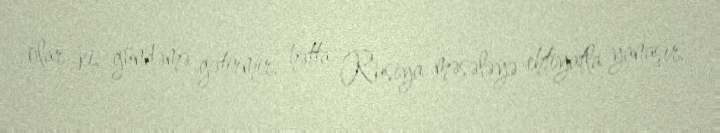
olar ki, gündəmə gətirmir, hətta Rusiya məsələyə ehtiyatla yanaşır.